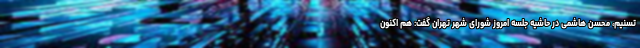
تسنیم، محسن هاشمی در حاشیه جلسه امروز شورای شهر تهران گفت: هم اکنون